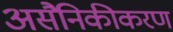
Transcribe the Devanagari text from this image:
असैनिकीकरण